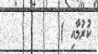
ކުރުމާއި )